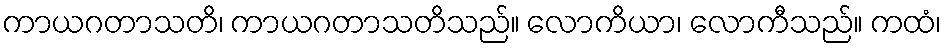
ကာယဂတာသတိ၊ ကာယဂတာသတိသည်။ လောကိယာ၊ လောကီသည်။ ကထံ၊